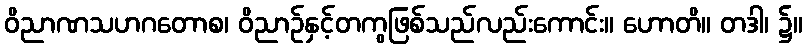
ဝိညာဏသဟဂတောစ၊ ဝိညာဉ်နှင့်တကွဖြစ်သည်လည်းကောင်း။ ဟောတိ။ တဒါ၊ ၌။